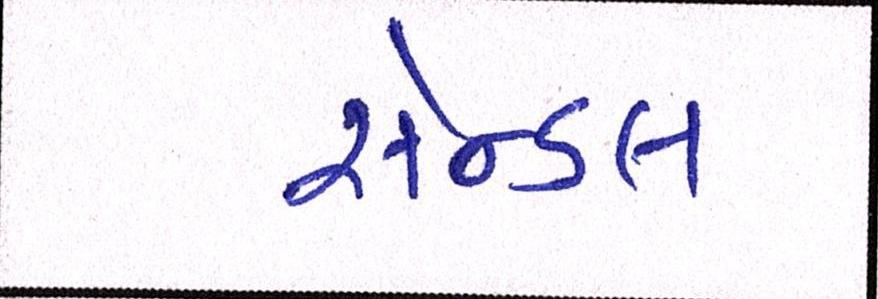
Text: સેન્ડલ